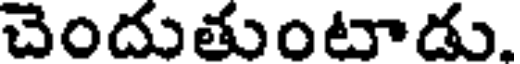
చెందుతుంటాడు.